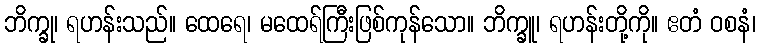
ဘိက္ခု၊ ရဟန်းသည်။ ထေရေ၊ မထေရ်ကြီးဖြစ်ကုန်သော။ ဘိက္ခူ၊ ရဟန်းတို့ကို။ ဧတံ ဝစနံ၊